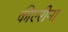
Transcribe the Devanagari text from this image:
कीएरीना